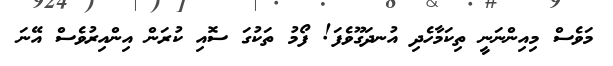
މަވެސް މިއިންނަނީ ތިކަމާހެދި އުނދަގޫވެފަ! ފޯމު ތަކުގަ ސޮއި ކުރަން އިންއިރުވެސް އޭނަ